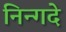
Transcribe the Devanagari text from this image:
निन्गदे